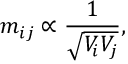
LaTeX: m _ { i j } \propto { \frac { 1 } { \sqrt { V _ { i } V _ { j } } } } ,